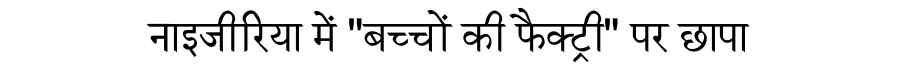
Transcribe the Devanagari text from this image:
नाइजीरिया में "बच्चों की फैक्ट्री" पर छापा